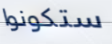
ستكونوا